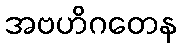
အဗဟိဂတေန